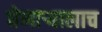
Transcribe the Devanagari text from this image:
घेणार्‍यालाच